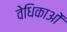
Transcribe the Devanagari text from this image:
वेधिकाओं